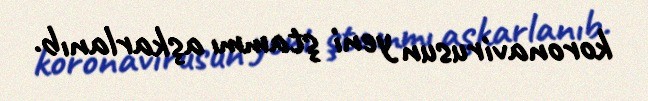
koronavirusun yeni ştammı aşkarlanıb.